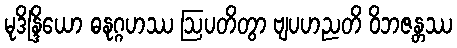
မုဒိန္ဒြိယော ဓနုဂ္ဂဟဿ ဩပတိတွာ ဗျပဟညတိ ဝိဘဇန္တဿ